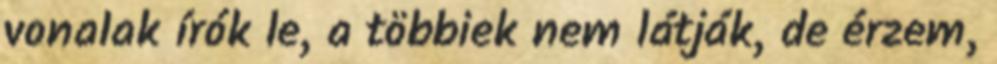
vonalak írók le, a többiek nem látják, de érzem,